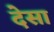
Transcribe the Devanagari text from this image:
देसा